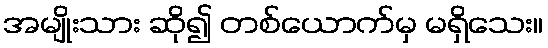
အမျိုးသား ဆို၍ တစ်ယောက်မှ မရှိသေး။